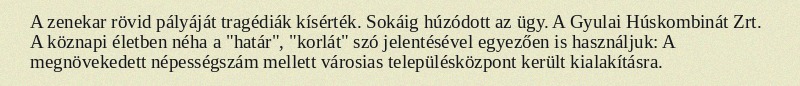
A zenekar rövid pályáját tragédiák kísérték. Sokáig húzódott az ügy. A Gyulai Húskombinát Zrt. A köznapi életben néha a "határ", "korlát" szó jelentésével egyezően is használjuk: A megnövekedett népességszám mellett városias településközpont került kialakításra.